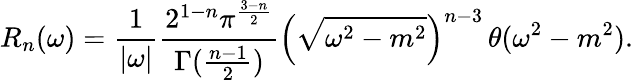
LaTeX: R_{n}(\omega)=\frac{1}{|\omega|}\frac{2^{1-n}\pi^{\frac{3-n}{2}}}{\Gamma(\frac{n-1}{2})}\left(\sqrt{\omega^{2}-m^{2}}\right)^{n-3}\, \theta(\omega^{2}-m^{2}).